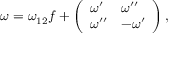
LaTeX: \omega = \omega _ { 1 2 } f + \left( \begin{array} { l l } { { \omega ^ { \prime } } } & { { \omega ^ { \prime \prime } } } \\ { { \omega ^ { \prime \prime } } } & { { - \omega ^ { \prime } } } \end{array} \right) ,